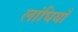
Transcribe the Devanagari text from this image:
लांघियाँ